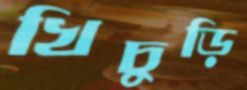
খিচুড়ি